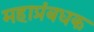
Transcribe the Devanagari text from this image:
महाप्रंबधक